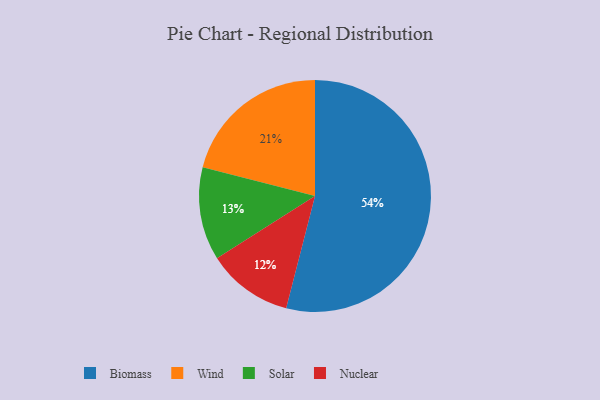
{"axis": {"x": "Category", "y": "Percentage"}, "legend": ["Biomass", "Nuclear", "Solar", "Wind"], "data": [{"x": "Nuclear", "y": 12, "type": "Nuclear"}, {"x": "Biomass", "y": 54, "type": "Biomass"}, {"x": "Solar", "y": 13, "type": "Solar"}, {"x": "Wind", "y": 21, "type": "Wind"}]}